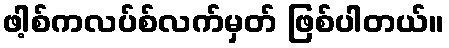
ဖါ့စ်ကလပ်စ်လက်မှတ် ဖြစ်ပါတယ်။